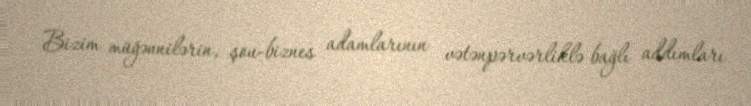
Bizim müğənnilərin, şou-biznes adamlarının vətənpərvərliklə bağlı addımları